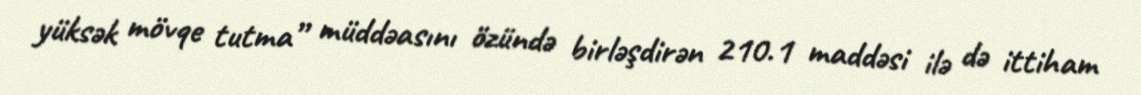
yüksək mövqe tutma” müddəasını özündə birləşdirən 210.1 maddəsi ilə də ittiham